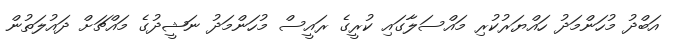
އަބްދު މުހަންމަދު ހައްޔަރުކުރި މައްސަލާގައި ކުރީގެ ރައީސް މުހަންމަދު ނަޝީދުގެ މައްޗަށް ދައުލަތުން